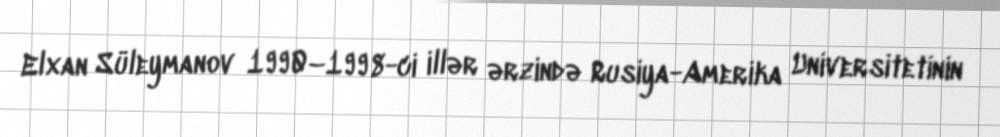
Elxan Süleymanov 1990–1998-ci illər ərzində Rusiya-Amerika Universitetinin